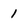
Character: 1